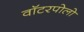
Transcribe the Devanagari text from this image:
वॉटरपोलो